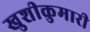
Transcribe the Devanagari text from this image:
खुशीकुमारी